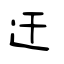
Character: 迀